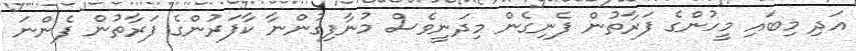
އަދި މިބައި މީހުންގެ ފަރާތުން ފެނިގެން މިދަނީވެސް މުނާފިގުންނާ ކާފަރުންގެ ފަރާތުން ފެންނަ